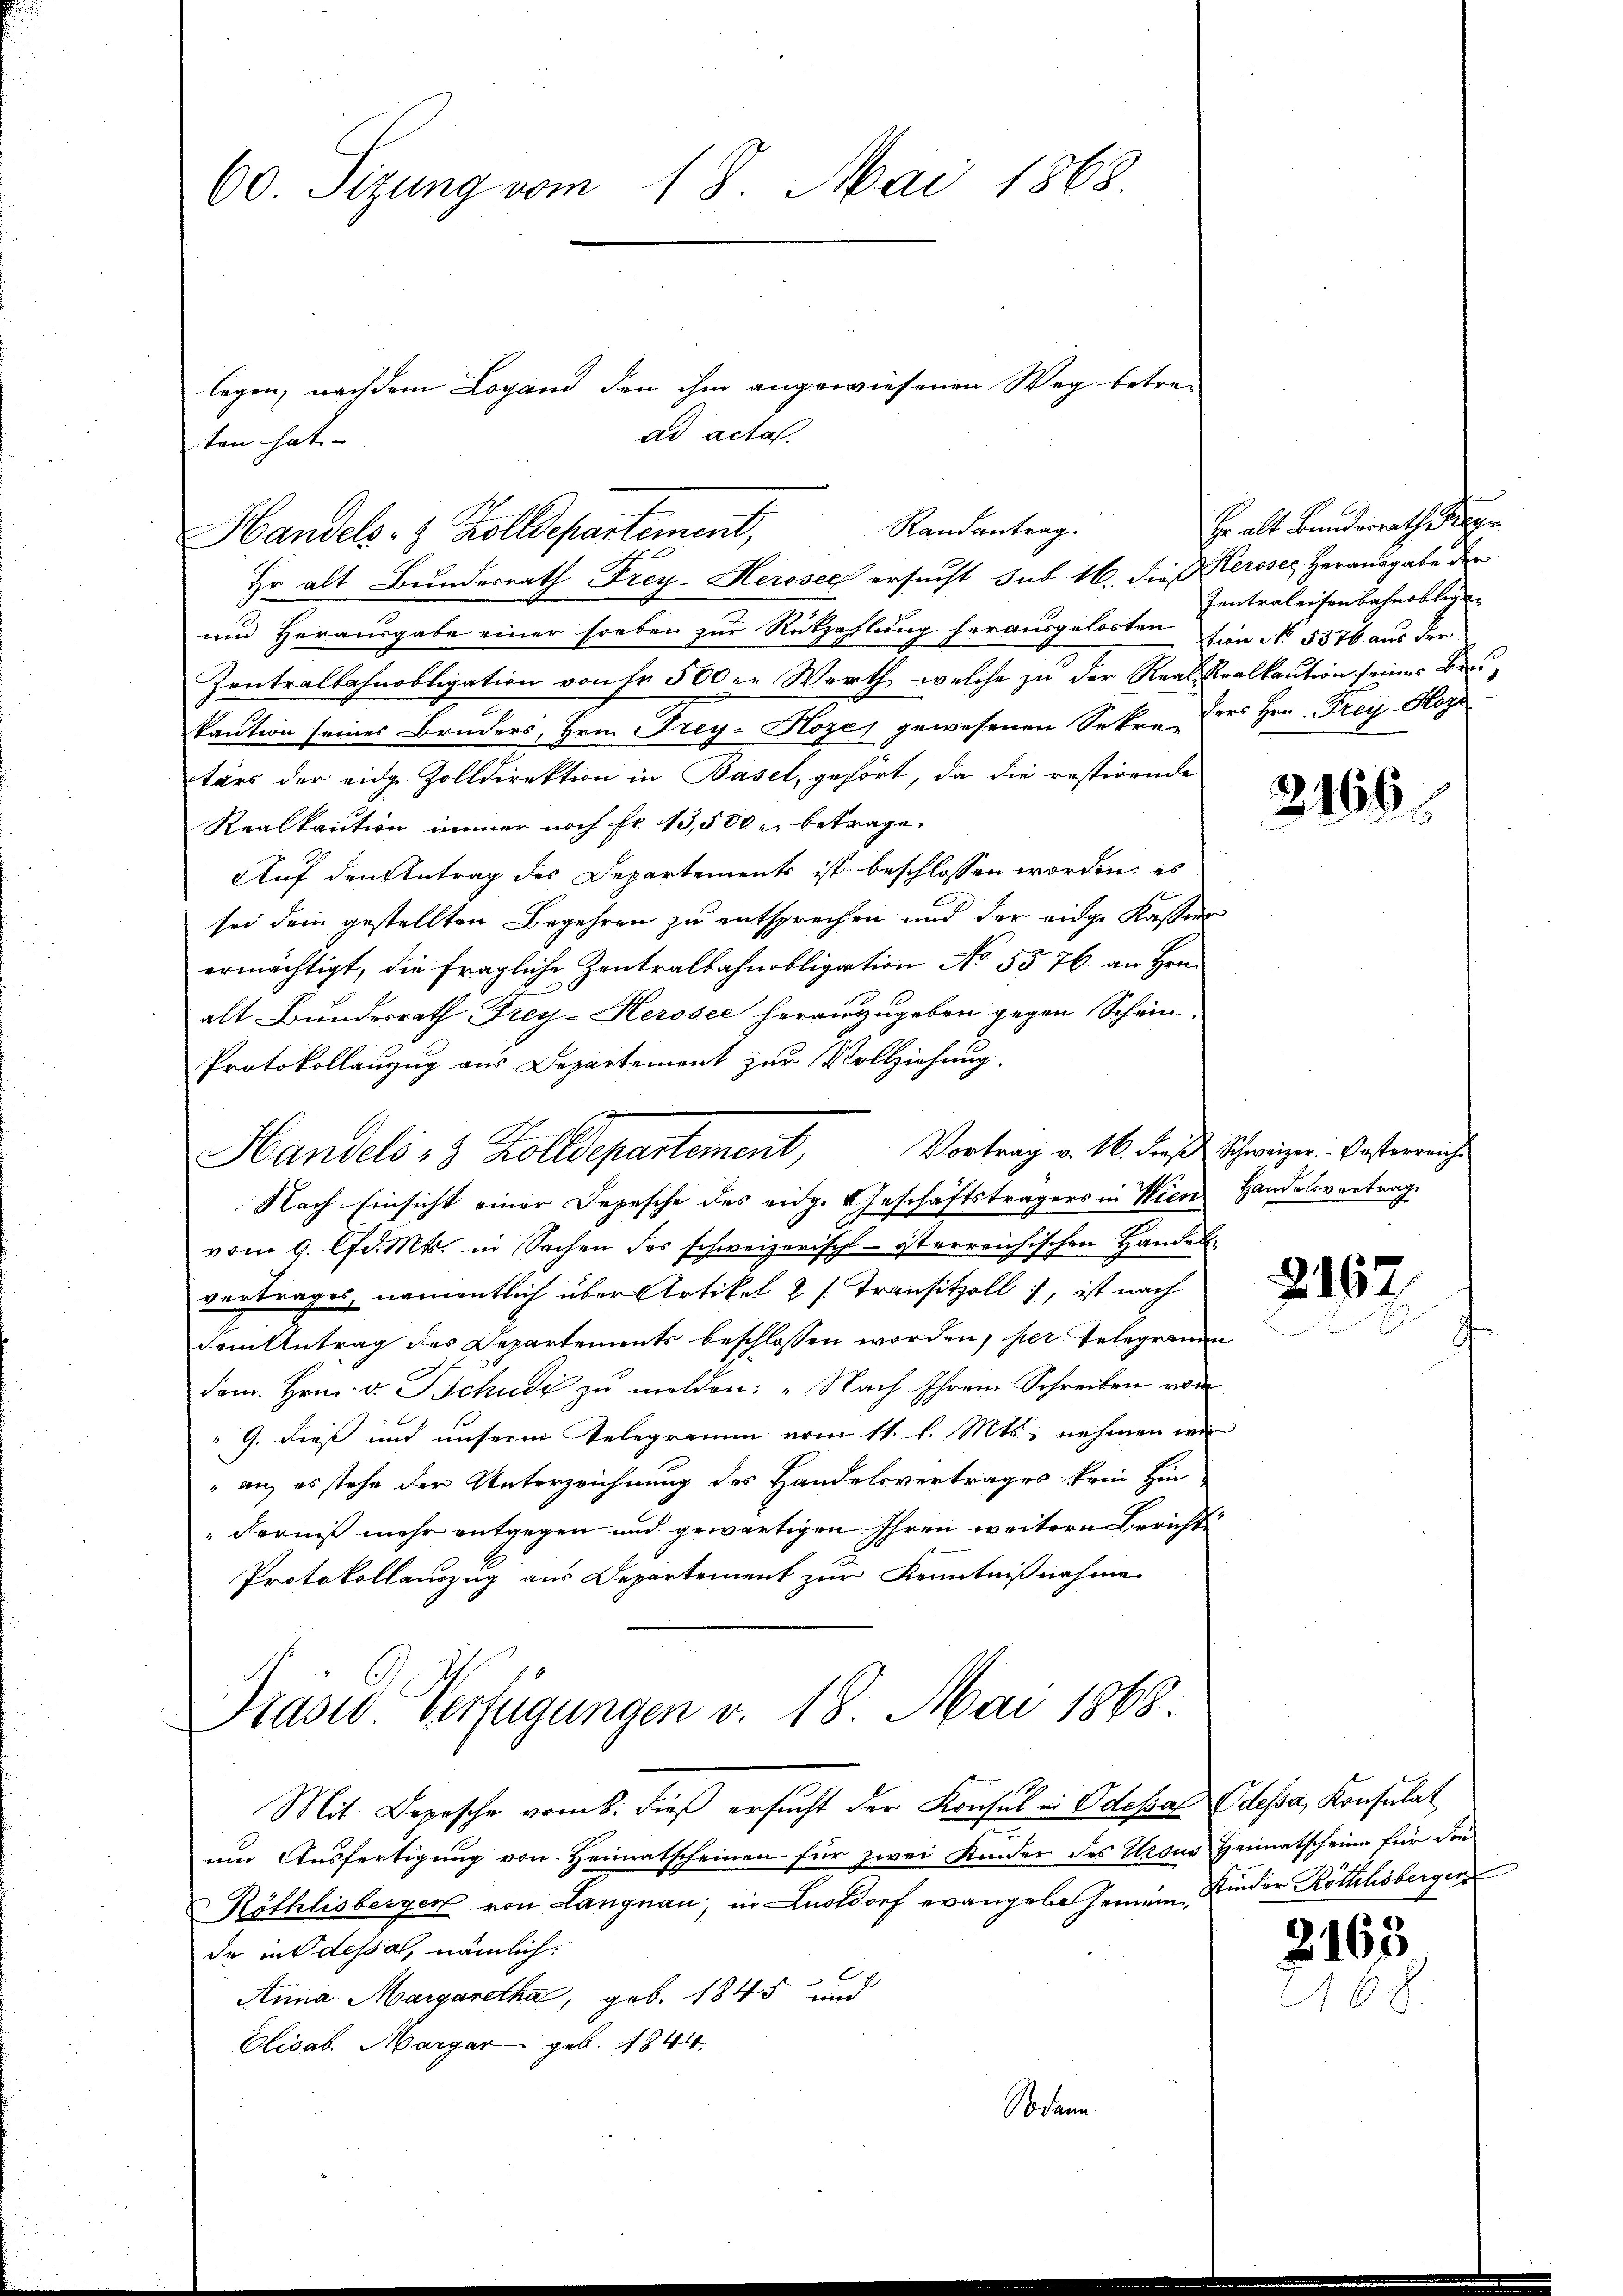
60. Sizung vom 18. Mai 1868.

Hr alt Bundesrath Frey- Herosec ersucht sub 16. die Peroser, Herausgabe der
und Herausgabe einer soeben zur Rützahlung herausgelosten
Zentralbahnobligation von fr. 500 er Werth, welche zu der Real
kaution seines Bruders, Hrn. Frey-Hoze) gewesenen Sekre
tärs der eidg. Zolldirektion in Basel, gehört, da die restirende
Realkaution immer noch fr. 13,500 r. betrage.
Auf den Antrag des Departements ist beschlossen worden; es
sei dem gestellten Begehren zu entsprechen und der eidge Kassen
ermächtigt, die fragliche Zentralbahnobligation No. 5576 an Hrn.
alt Bundesrath Frey-Herosee herauszugeben gegen Schein¬
Protokollanzug aus Departement zur Vollziehung.
Vortrag v. 16. dieß
vom 9. lfd. Mts. in Sachen des schweizerisch-österreichischen Handes
vertrages, namentlich über Artikel 2 s. Transitzoll, ist nach
dem Antrag des Departements beschlossen worden, her Gelegram
dam. Hrn. v. Tschudi zu melden: „Nach Ihrem Schreiben von
G. dieß und unserm Gelegramm vom 11. l. Mts. nehmen er
" an, es stehe der Unterzeichnung des Handelsvertrages kein Hin
derniß mehr entgegen und gewärtigen Ihren weitere Berichte
Protokollauszug aus Departement zur Kenntnißnahme
Präses Verfügungen v. 18. Mai 1868
Mit Depesche vom 6. dieß ersucht der Konsul in Odessal Odessa, Konsulat
um Ausfertigung von Heimatscheinen für zwei Kinder des Ursus Heimatscheine für die
Röthlisbergen von Langnau, in Lustdorf evangel heimende in dessal, nämlich:
Anna Margaretha, geb. 1845 und
Elisab. Margar geb. 1844
Sodann

ten hat.
Randantrag.
Handels- & Zolldepartement,

legen, nachdem Logand den ihm angewiesenen Weg betre-
ad acta.

Handels 28 Zolldepartement,
Nach Einsicht einer Depesche des eidg. Geschäftsträgers in Wien

Hr alt Bundesrath Rege
Zentraleisenbahnobligen
tion No. 5876 aus der
Kralkaution seines Ber
ders Hrn. Frey Hoze

2165

Schweizer. Oesterreiche
Handelsvertrag

2
i

2162.

Kinder Röthlisbergen

2163